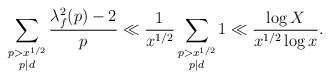
LaTeX: \begin{align*} \sum_{\substack{ p > x^{1/2} \\ p|d }} \frac{\lambda^2_f(p)-2}{p} \ll \frac 1{x^{1/2}} \sum_{\substack{ p > x^{1/2} \\ p|d }}1 \ll \frac {\log X}{x^{1/2}\log x}.\end{align*}